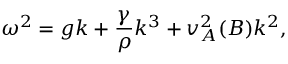
\omega ^ { 2 } = g k + \frac { \gamma } { \rho } k ^ { 3 } + v _ { A } ^ { 2 } ( B ) k ^ { 2 } ,